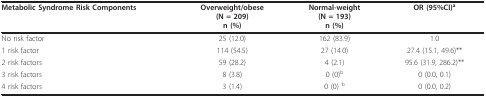
<table><thead><tr><td><b>Metabolic Syndrome Risk Components</b></td><td><b>Overweight/obese(N = 209)n (%)</b></td><td><b>Normal-weight(N = 193)n (%)</b></td><td><b>OR (95%CI)<sup>a</sup></b></td></tr></thead><tbody><tr><td>No risk factor</td><td>25 (12.0)</td><td>162 (83.9)</td><td>1.0</td></tr><tr><td>1 risk factor</td><td>114 (54.5)</td><td>27 (14.0)</td><td>27.4 (15.1, 49.6)**</td></tr><tr><td>2 risk factors</td><td>59 (28.2)</td><td>4 (2.1)</td><td>95.6 (31.9, 286.2)**</td></tr><tr><td>3 risk factors</td><td>8 (3.8)</td><td>0 (0)<sup>b</sup></td><td>0 (0.0, 0.1)</td></tr><tr><td>4 risk factors</td><td>3 (1.4)</td><td>0 (0) <sup>b</sup></td><td>0 (0.0, 0.2)</td></tr></tbody></table>